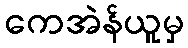
ကေအဲန်ယူမှ